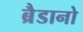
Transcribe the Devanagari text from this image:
ब्रैडानो